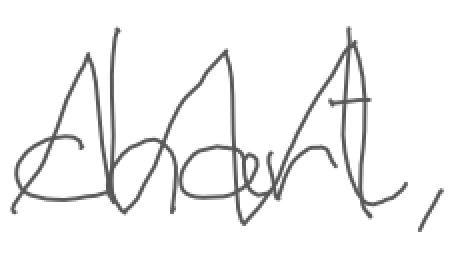
Text: chart,
Cross-out: zig-zag
Writing tool: digital_gray